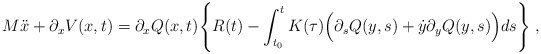
\begin{align*}M\ddot{x} + \partial_{x}V(x,t) =\partial_{x}Q(x,t) \Bigg\{ R(t) -\int_{t_{0}}^{t} K(\tau)\Big( \partial_{s}Q(y,s)+ \dot{y}\partial_{y}Q(y,s) \Big) ds \Bigg\} \; ,\end{align*}